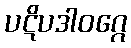
ပဋိပဒါဝဂ္ဂေ